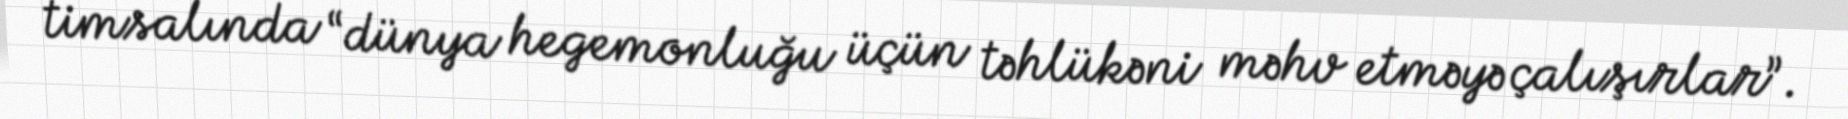
timsalında “dünya hegemonluğu üçün təhlükəni məhv etməyə çalışırlar”.